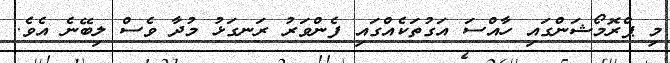
މި ޕްރޮމޯޝަންގައި ހާއްސަ އަގުތަކެއްގައި ފެންވަރު ރަނގަޅު މުދާ ވެސް ލިބޭނެ އެވެ.